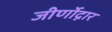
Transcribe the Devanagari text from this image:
जीर्णोद्नार